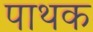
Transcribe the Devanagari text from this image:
पाथक